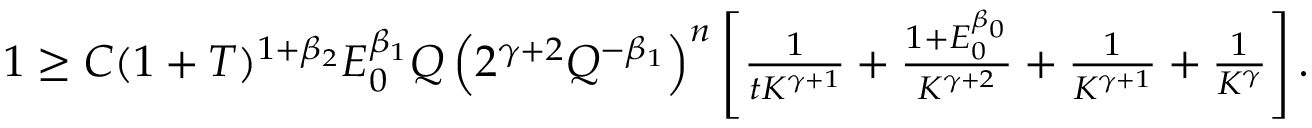
\begin{array} { r } { 1 \geq C ( 1 + T ) ^ { 1 + \beta _ { 2 } } E _ { 0 } ^ { \beta _ { 1 } } Q \left( 2 ^ { \gamma + 2 } Q ^ { - \beta _ { 1 } } \right) ^ { n } \left[ \frac { 1 } { t K ^ { \gamma + 1 } } + \frac { 1 + E _ { 0 } ^ { \beta _ { 0 } } } { K ^ { \gamma + 2 } } + \frac { 1 } { K ^ { \gamma + 1 } } + \frac { 1 } { K ^ { \gamma } } \right] . } \end{array}